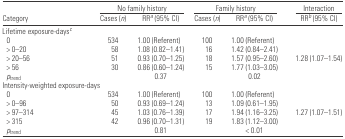
<table><thead><tr><td>[EMPTY_CELL]</td><td colspan="2"><b>No family history</b></td><td colspan="2"><b>Family history</b></td><td><b>Interaction</b></td></tr><tr><td><b>Category</b></td><td><b>Cases (<i>n</i>)</b></td><td><b>RRa (95% CI)</b></td><td><b>Cases (<i>n</i>)</b></td><td><b>RRa (95% CI)</b></td><td><b>RRb (95% CI)</b></td></tr></thead><tbody><tr><td colspan="6">Lifetime exposure-daysc</td></tr><tr><td> 0</td><td>534</td><td>1.00 (Referent)</td><td>100</td><td>1.00 (Referent)</td><td>[EMPTY_CELL]</td></tr><tr><td> &gt; 0–20</td><td>58</td><td>1.08 (0.82–1.41)</td><td>16</td><td>1.42 (0.84–2.41)</td><td>[EMPTY_CELL]</td></tr><tr><td> &gt; 20–56</td><td>51</td><td>0.93 (0.70–1.25)</td><td>18</td><td>1.57 (0.95–2.60)</td><td>1.28 (1.07–1.54)</td></tr><tr><td> &gt; 56</td><td>30</td><td>0.86 (0.60–1.24)</td><td>15</td><td>1.77 (1.03–3.05)</td><td>[EMPTY_CELL]</td></tr><tr><td> <i>p</i><sub>trend</sub></td><td>[EMPTY_CELL]</td><td>0.37</td><td>[EMPTY_CELL]</td><td>0.02</td><td>[EMPTY_CELL]</td></tr><tr><td colspan="6">Intensity-weighted exposure-days</td></tr><tr><td> 0</td><td>534</td><td>1.00 (Referent)</td><td>100</td><td>1.00 (Referent)</td><td>[EMPTY_CELL]</td></tr><tr><td> &gt; 0–96</td><td>50</td><td>0.93 (0.69–1.24)</td><td>13</td><td>1.09 (0.61–1.95)</td><td>[EMPTY_CELL]</td></tr><tr><td> &gt; 97–314</td><td>45</td><td>1.03 (0.76–1.39)</td><td>17</td><td>1.94 (1.16–3.25)</td><td>1.27 (1.07–1.51)</td></tr><tr><td> &gt; 315</td><td>42</td><td>0.96 (0.70–1.31)</td><td>19</td><td>1.83 (1.12–3.00)</td><td>[EMPTY_CELL]</td></tr><tr><td> <i>p</i><sub>trend</sub></td><td>[EMPTY_CELL]</td><td>0.81</td><td>[EMPTY_CELL]</td><td>&lt; 0.01</td><td>[EMPTY_CELL]</td></tr></tbody></table>